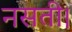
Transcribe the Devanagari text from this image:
नसती।